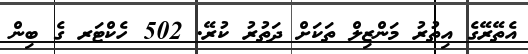
އެތޭރޭގެ އިތުރު މަންޒިލް ތަކަށް ދަތުރު ކުރޭ. 502 ހެކްޓަރ ގެ ބިން